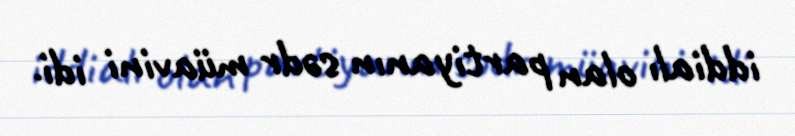
iddialı olan partiyanın sədr müavini idi.